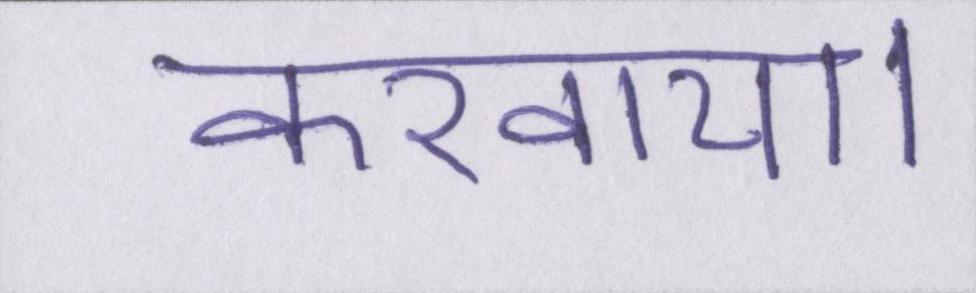
करवाया।